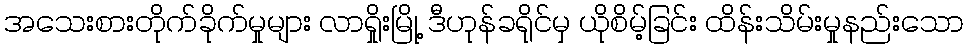
အသေးစားတိုက်ခိုက်မှုများ လာရှိုးမြို့ ဒီဟုန်ခရိုင်မှ ယိုစိမ့်ခြင်း ထိန်းသိမ်းမှုနည်းသော